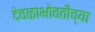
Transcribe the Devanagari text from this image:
देवळाभोवतीच्या